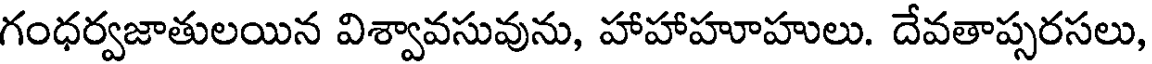
గంధర్వజాతులయిన విశ్వావసువును, హాహాహూహులు. దేవతాప్పరసలు,